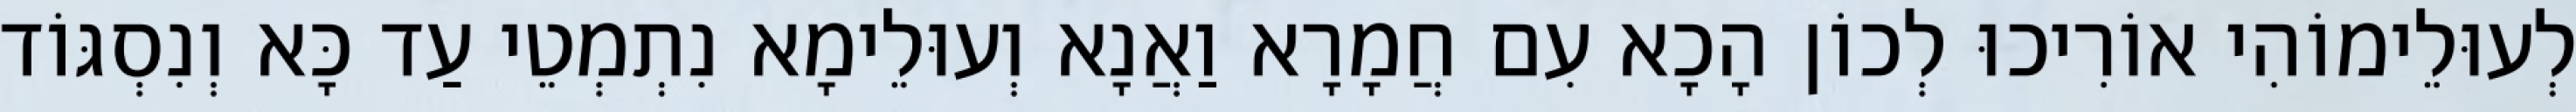
לְעוּלֵימוֹהִי אוֹרִיכוּ לְכוֹן הָכָא עִם חֲמָרָא וַאֲנָא וְעוּלֵימָא נִתְמְטֵי עַד כָּא וְנִסְגּוֹד